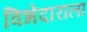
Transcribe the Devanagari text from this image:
विभेदाराला